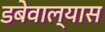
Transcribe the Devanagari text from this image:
डबेवाल्यास